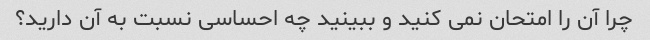
چرا آن را امتحان نمی کنید و ببینید چه احساسی نسبت به آن دارید؟